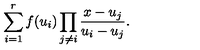
\sum _ { i = 1 } ^ { r } f ( u _ { i } ) \prod _ { j \ne i } \frac { x - u _ { j } } { u _ { i } - u _ { j } } .